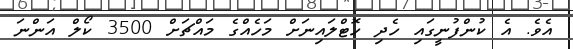
އެވެ. އެ ކުންފުނީގައި ހެދި ހޮޓްލައިނަށް މަހެއްގެ މައްޗަށް 3500 ކޯލް އަންނަ